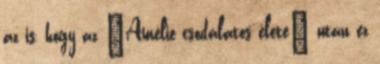
az is, hogy az "Amélie csodálatos élete" után ez